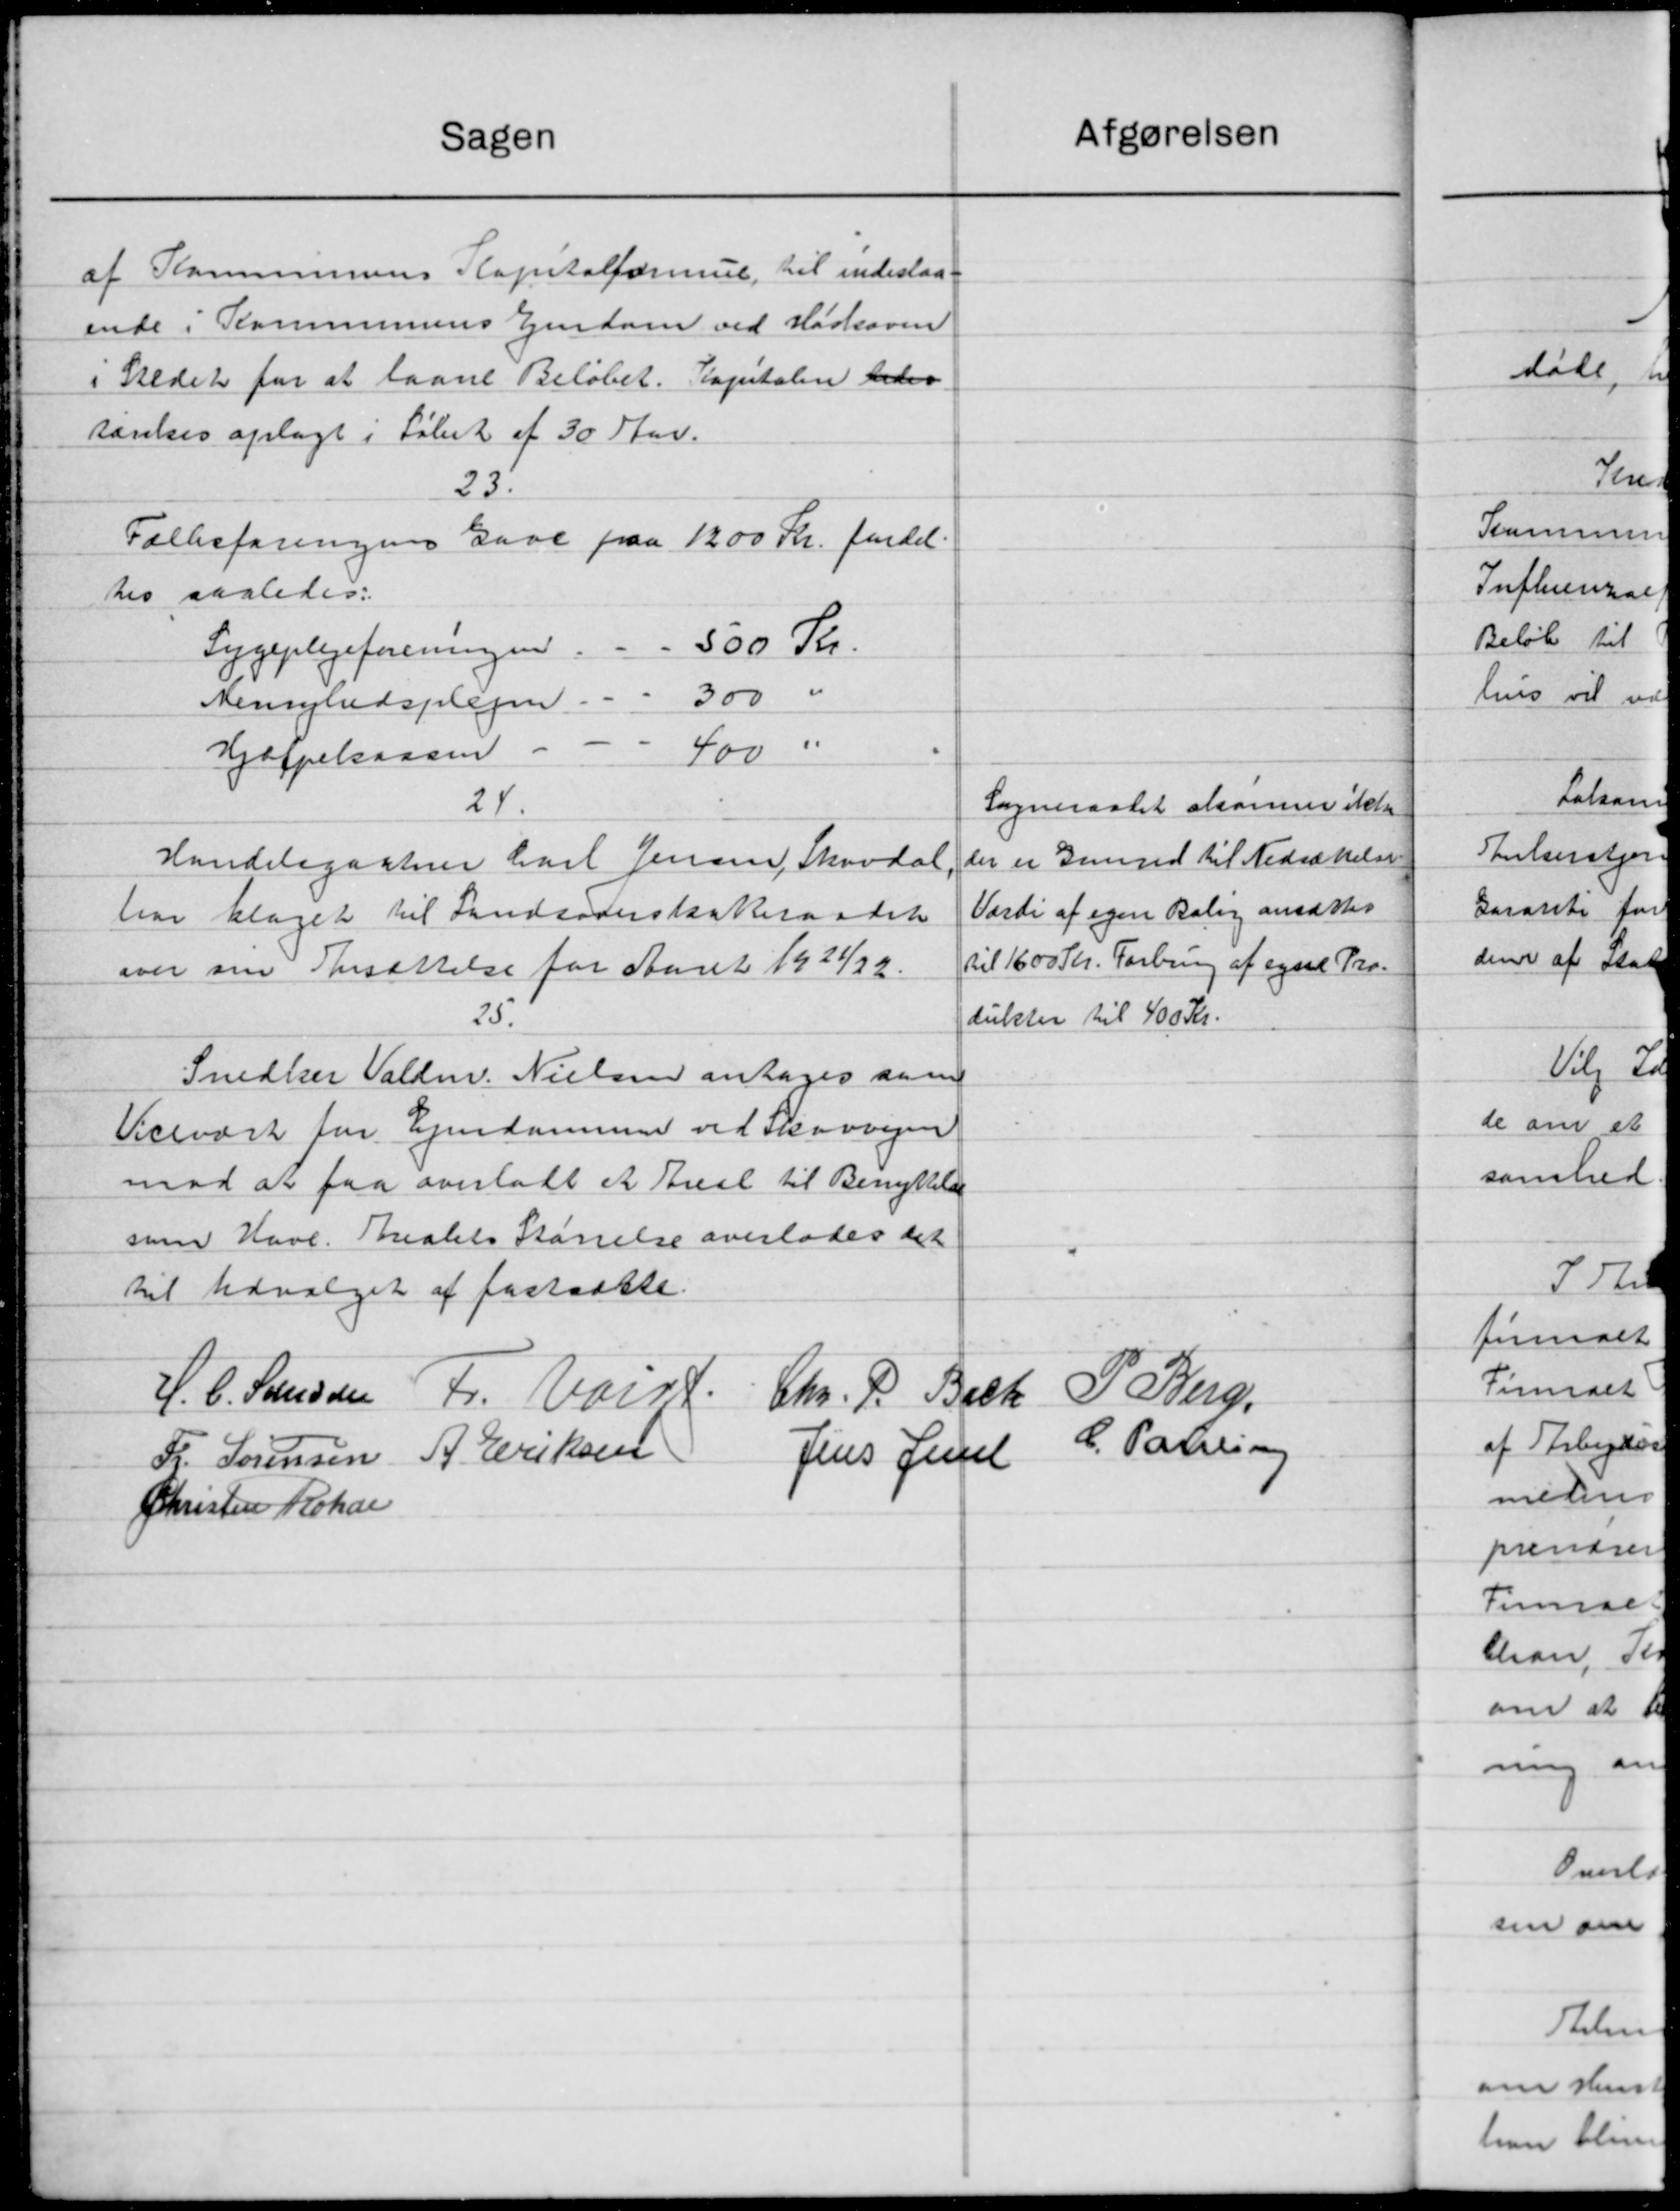
Transskription:
Afgørelsen
Sagen
af Kommunens Kapitalforening til indestaa-
ende i Kommunens Ejendom ved Mødsoven
i Stedet for at laane Beløbet. Kapitalen beder
sænkes oplagt i Løbet af 30 Aar.
23.
Folkeforeningens Gave paa 1200 Kr. fordel.
tes saaledes:
Sygeplejeforeningen. - - 500 Kr.
Menighedsplejen                          300 "
Hjælpekassen -
400 "
24.
Sogneraadet akanner ikke
der er Grund til Nedsættelse
Handelsgartner Carl Jensen, Skovdal
Værdi af egen Bolig ansættes
har klaget til Landsoderskatteraadet
til 1600 Kr. Forbrug af egnet Pro-
over om Ansættelse for Aaret 1921/22.
25.
dukter til 400 Kr.
Snedker Valdm. Nielsen antages sam
Vicevært for Ejendommen ved Skovvejen
mod at faa overladt et Areal til Benyttelse
som Have. Arealets Størrelse overlodes det
til Udvalget af fastsætte.
H. C. Sanden Fr. Voigt. Chr. P. Beck, P. Berg,
Jens Juel C. Patring
A. Eriksen
Fr. Sørensen
Christen Kokar